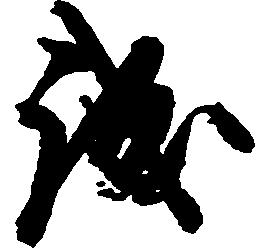
誠